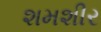
શમશીર